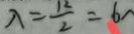
\lambda = \frac { 1 2 } { 2 } = 6